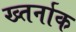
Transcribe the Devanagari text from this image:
ख्तर्नाक